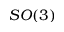
S O ( 3 )